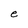
Character: e